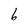
Character: b